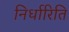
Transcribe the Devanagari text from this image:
निर्धारिति